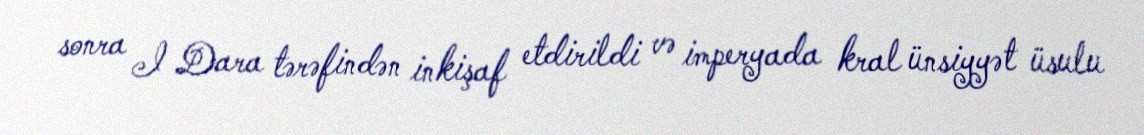
sonra I Dara tərəfindən inkişaf etdirildi və imperyada kral ünsiyyət üsulu